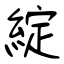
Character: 綻